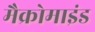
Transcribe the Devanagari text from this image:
मैक्रोमाइंड